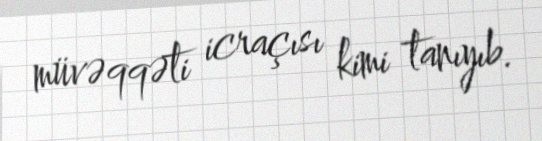
müvəqqəti icraçısı kimi tanıyıb.